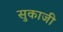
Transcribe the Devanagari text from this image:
सुकाजी